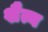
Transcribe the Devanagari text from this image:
शैत्य